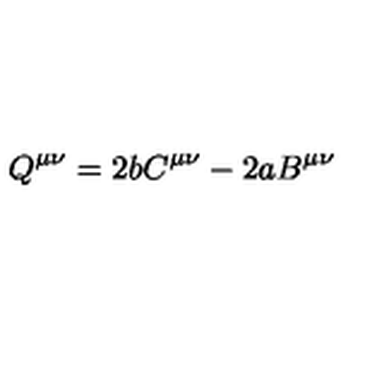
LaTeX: Q ^ { \mu \nu } = 2 b C ^ { \mu \nu } - 2 a B ^ { \mu \nu }